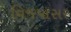
વિજપાસર